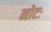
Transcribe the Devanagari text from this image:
नोटः